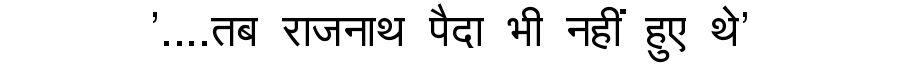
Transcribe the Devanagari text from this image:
'....तब राजनाथ पैदा भी नहीं हुए थे'